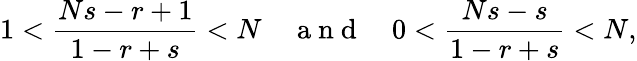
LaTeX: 1<\frac{Ns-r+1}{1-r+s}<N\quad\mathrm{~a~n~d~}\quad 0<\frac{Ns-s}{1-r+s}<N,